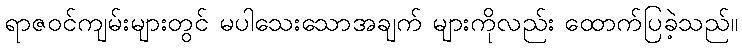
ရာဇဝင်ကျမ်းများတွင် မပါသေးသောအချက် များကိုလည်း ထောက်ပြခဲ့သည်။